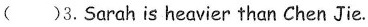
( )3.Sarah is heavier than Chen Jie.